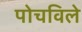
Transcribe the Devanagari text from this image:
पोचविले